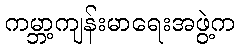
ကမ္ဘာ့ကျန်းမာရေးအဖွဲ့က